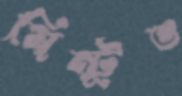
মিন্টুও